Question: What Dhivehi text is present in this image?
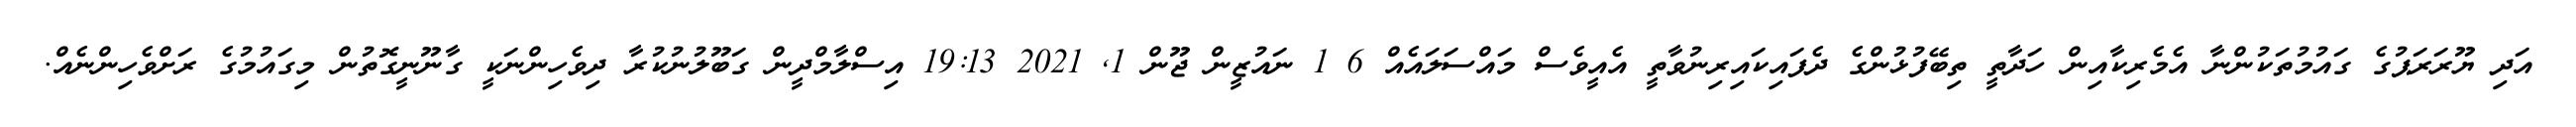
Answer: އަދި ޔޫރަރަޕުގެ ގައުމުތަކުންނާ އެމެރިކާއިން ހަދާތީ ތިބޭފުޅުންގެ ދެފައިކައިރިނުވާތީ އެއީވެސް މައްސަލައެއް 6 1 ނައުޒީން ޖޫން 1, 2021 19:13 އިސްލާމްދީން ގަބޫލުނުކުރާ ދިވެހިންނަކީ ގާނޫނީގޮތުން މިގައުމުގެ ރަށްވެހިންނެއް.